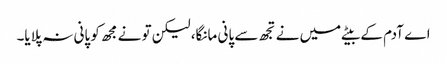
اے آدم کے بیٹے میں نے تجھ سے پانی مانگا، لیکن تو نے مجھ کو پانی نہ پلایا۔